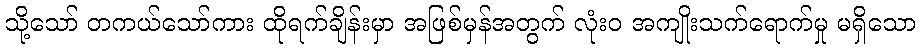
သို့သော် တကယ်သော်ကား ထိုရက်ချိန်းမှာ အဖြစ်မှန်အတွက် လုံးဝ အကျိုးသက်ရောက်မှု မရှိသော